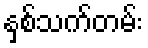
နှစ်သက်တမ်း